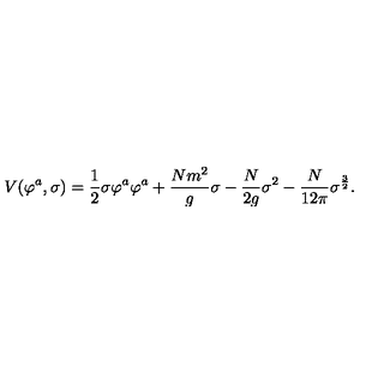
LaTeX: V ( \varphi ^ { a } , \sigma ) = { \frac { 1 } { 2 } } \sigma \varphi ^ { a } \varphi ^ { a } + { \frac { N m ^ { 2 } } { g } } \sigma - { \frac { N } { 2 g } } \sigma ^ { 2 } - { \frac { N } { 1 2 \pi } } \sigma ^ { \frac { 3 } { 2 } } .